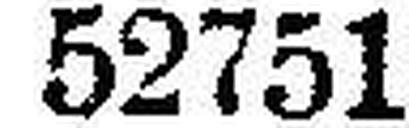
52751